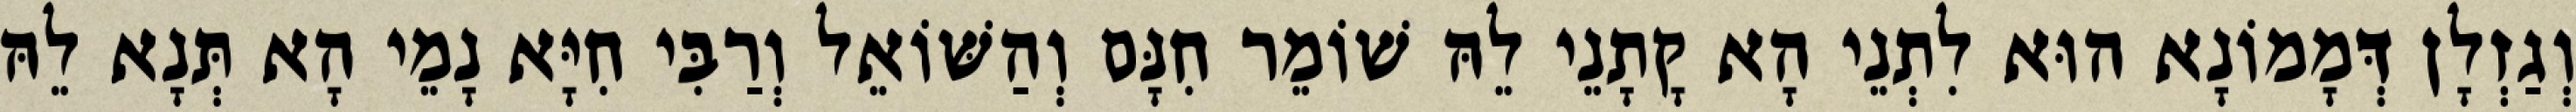
וְגַזְלָן דְּמָמוֹנָא הוּא לִתְנֵי הָא קָתָנֵי לֵהּ שׁוֹמֵר חִנָּם וְהַשּׁוֹאֵל וְרַבִּי חִיָּא נָמֵי הָא תְּנָא לֵהּ